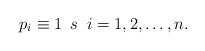
LaTeX: \begin{align*}p_i\equiv 1 \;\, s \;\; i=1,2,\dots,n.\end{align*}